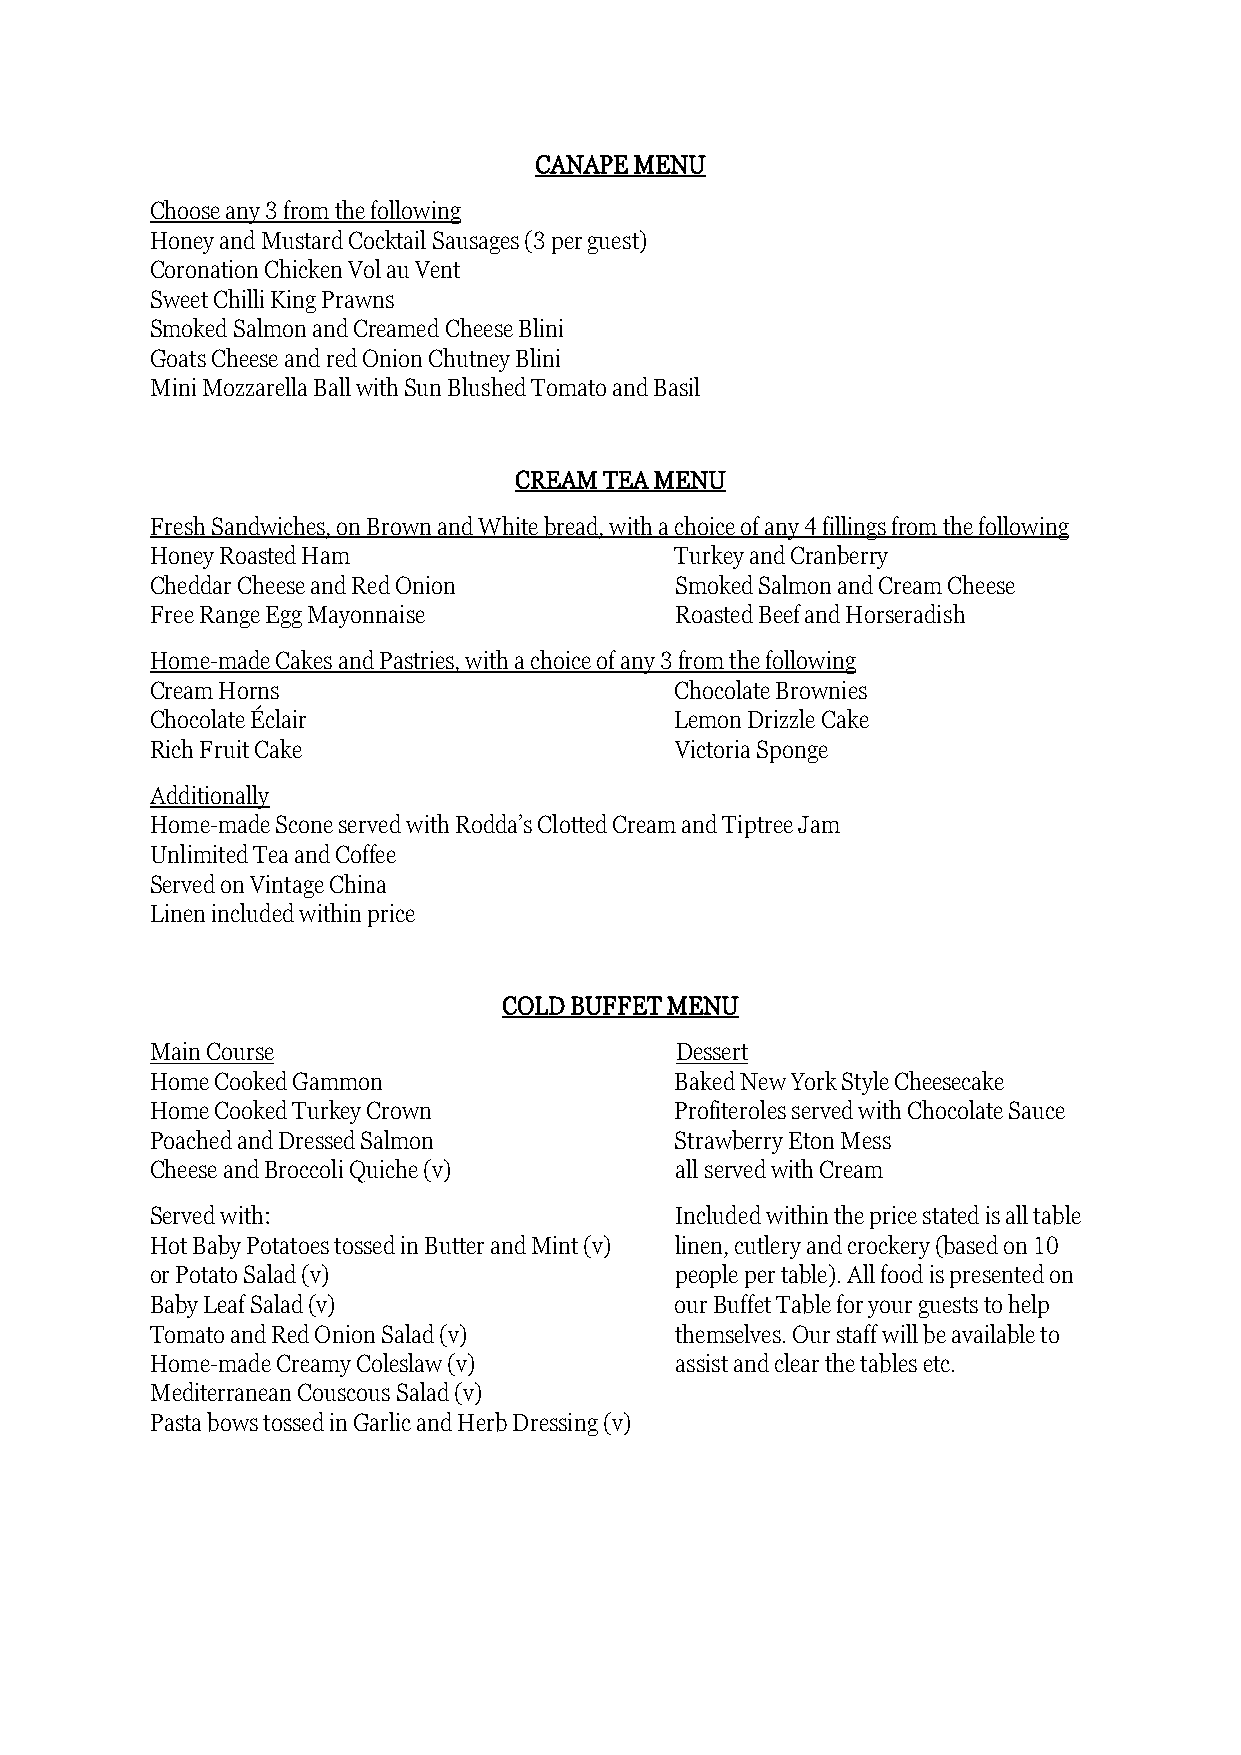
CANAPE MENU
 Choose any 3 from the following
 Honey and Mustard Cocktail Sausages (3 per guest)
 Coronation Chicken Vol au Vent
 Sweet Chilli King Prawns
 Smoked Salmon and Creamed Cheese Blini
 Goats Cheese and red Onion Chutney Blini
 Mini Mozzarella Ball with Sun Blushed Tomato and Basil
 CREAM TEA MENU
 Fresh Sandwiches, on Brown and White bread, with a choice of any 4 fillings from the following
 Honey Roasted Ham                  Turkey and Cranberry
 Cheddar Cheese and Red Onion       Smoked Salmon and Cream Cheese
 Free Range Egg Mayonnaise          Roasted Beef and Horseradish
 Home-made Cakes and Pastries, with a choice of any 3 from the following
 Cream Horns                        Chocolate Brownies
 Chocolate Éclair                   Lemon Drizzle Cake
 Rich Fruit Cake                    Victoria Sponge
 Additionally
 Home-made Scone served with Rodda’s Clotted Cream and Tiptree Jam
 Unlimited Tea and Coffee
 Served on Vintage China
 Linen included within price
 COLD BUFFET MENU
 Main Course                        Dessert
 Home Cooked Gammon                 Baked New York Style Cheesecake
 Home Cooked Turkey Crown           Profiteroles served with Chocolate Sauce
 Poached and Dressed Salmon         Strawberry Eton Mess
 Cheese and Broccoli Quiche (v)     all served with Cream
 Served with:                       Included within the price stated is all table
 Hot Baby Potatoes tossed in Butter and Mint (v) linen, cutlery and crockery (based on 10
 or Potato Salad (v)                people per table). All food is presented on
 Baby Leaf Salad (v)                our Buffet Table for your guests to help
 Tomato and Red Onion Salad (v)     themselves. Our staff will be available to
 Home-made Creamy Coleslaw (v)      assist and clear the tables etc.
 Mediterranean Couscous Salad (v)
 Pasta bows tossed in Garlic and Herb Dressing (v)